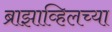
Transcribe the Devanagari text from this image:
ब्राझाव्हिलच्या